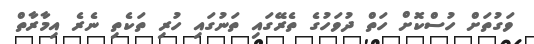
ވަގުތަށް ހުސްކޮށް ހަތް ދުވަހުގެ ތެރޭގައި ތަނުގައި ހުރި ތަކެތި ނެރެ އިމާރާތް